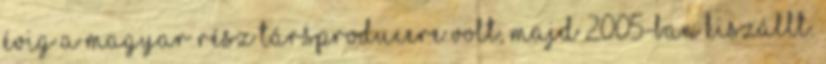
évig a magyar rész társproducere volt, majd 2005-ban kiszállt.